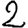
Digit: 2